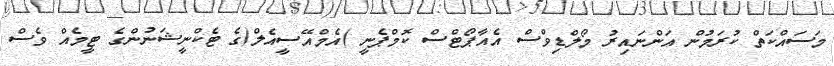
މަސައްކަތް ކުރަމުން އަންނައިރު މޯލްޑިވްސް އެއާޕޯޓްސް ކޮމްޕެނީ )އެމްއޭސީއެލް(ގެ ޓެކްނީޝަނުންގެ ޓީމެއް ވެސް